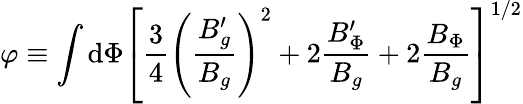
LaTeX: \varphi\equiv\int\mathrm{d}\Phi\left[{\frac{{3}}{{4}}}\left({\frac{{B_{g}^{\prime}}}{{B_{g}}}}\right)^{2}+2{\frac{{B_{\Phi}^{\prime}}}{{B_{g}}}}+2{\frac{{B_{\Phi}}}{{B_{g}}}}\right]^{1/2}